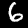
Label: 6